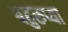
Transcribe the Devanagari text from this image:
बहुरुप्या